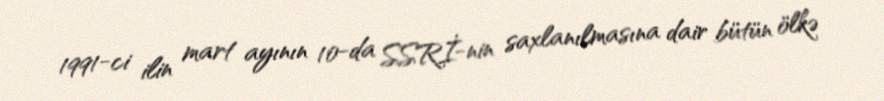
1991-ci ilin mart ayının 10-da SSRİ-nin saxlanılmasına dair bütün ölkə